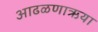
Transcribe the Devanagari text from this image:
आढळणाऋया